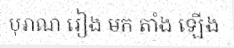
បុរាណ រៀង មក តាំង ឡើង